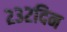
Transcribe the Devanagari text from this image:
२३२दिन